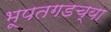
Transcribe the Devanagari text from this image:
भूपतगडच्या